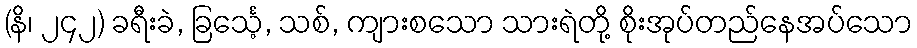
(နိ၊ ၂၄၂) ခရီးခဲ, ခြင်္သေ့, သစ်, ကျားစသော သားရဲတို့ စိုးအုပ်တည်နေအပ်သော